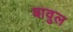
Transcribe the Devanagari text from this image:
बावुल